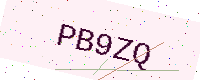
Text: PB9ZQ